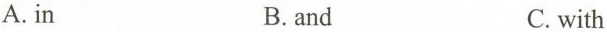
A. in B.and C. with